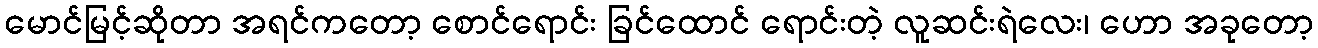
မောင်မြင့်ဆိုတာ အရင်ကတော့ စောင်ရောင်း ခြင်ထောင် ရောင်းတဲ့ လူဆင်းရဲလေး၊ ဟော အခုတော့